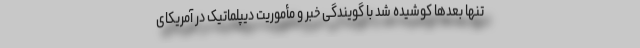
تنها بعدها کوشیده شد با گویندگی خبر و مأموریت دیپلماتیک در آمریکای